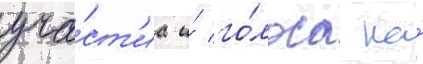
уча́ст'иа и́ го́лоса на́